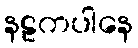
နဠကပါနေ